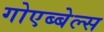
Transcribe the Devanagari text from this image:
गोएब्बेल्स